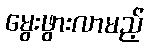
မွေးဖွားလာမည့်